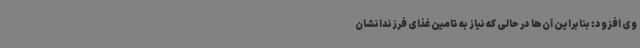
وی افزود: بنابراین آن‌ها در حالی که نیاز به تامین غذای فرزندانشان